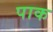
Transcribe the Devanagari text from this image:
पाक